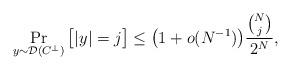
LaTeX: \begin{align*} \Pr_{y\sim\mathcal{D}(C^\perp)}\big[|y|=j\big]\leq \big( 1+o(N^{-1}) \big)\frac{\binom{N}{j}}{2^N},\end{align*}